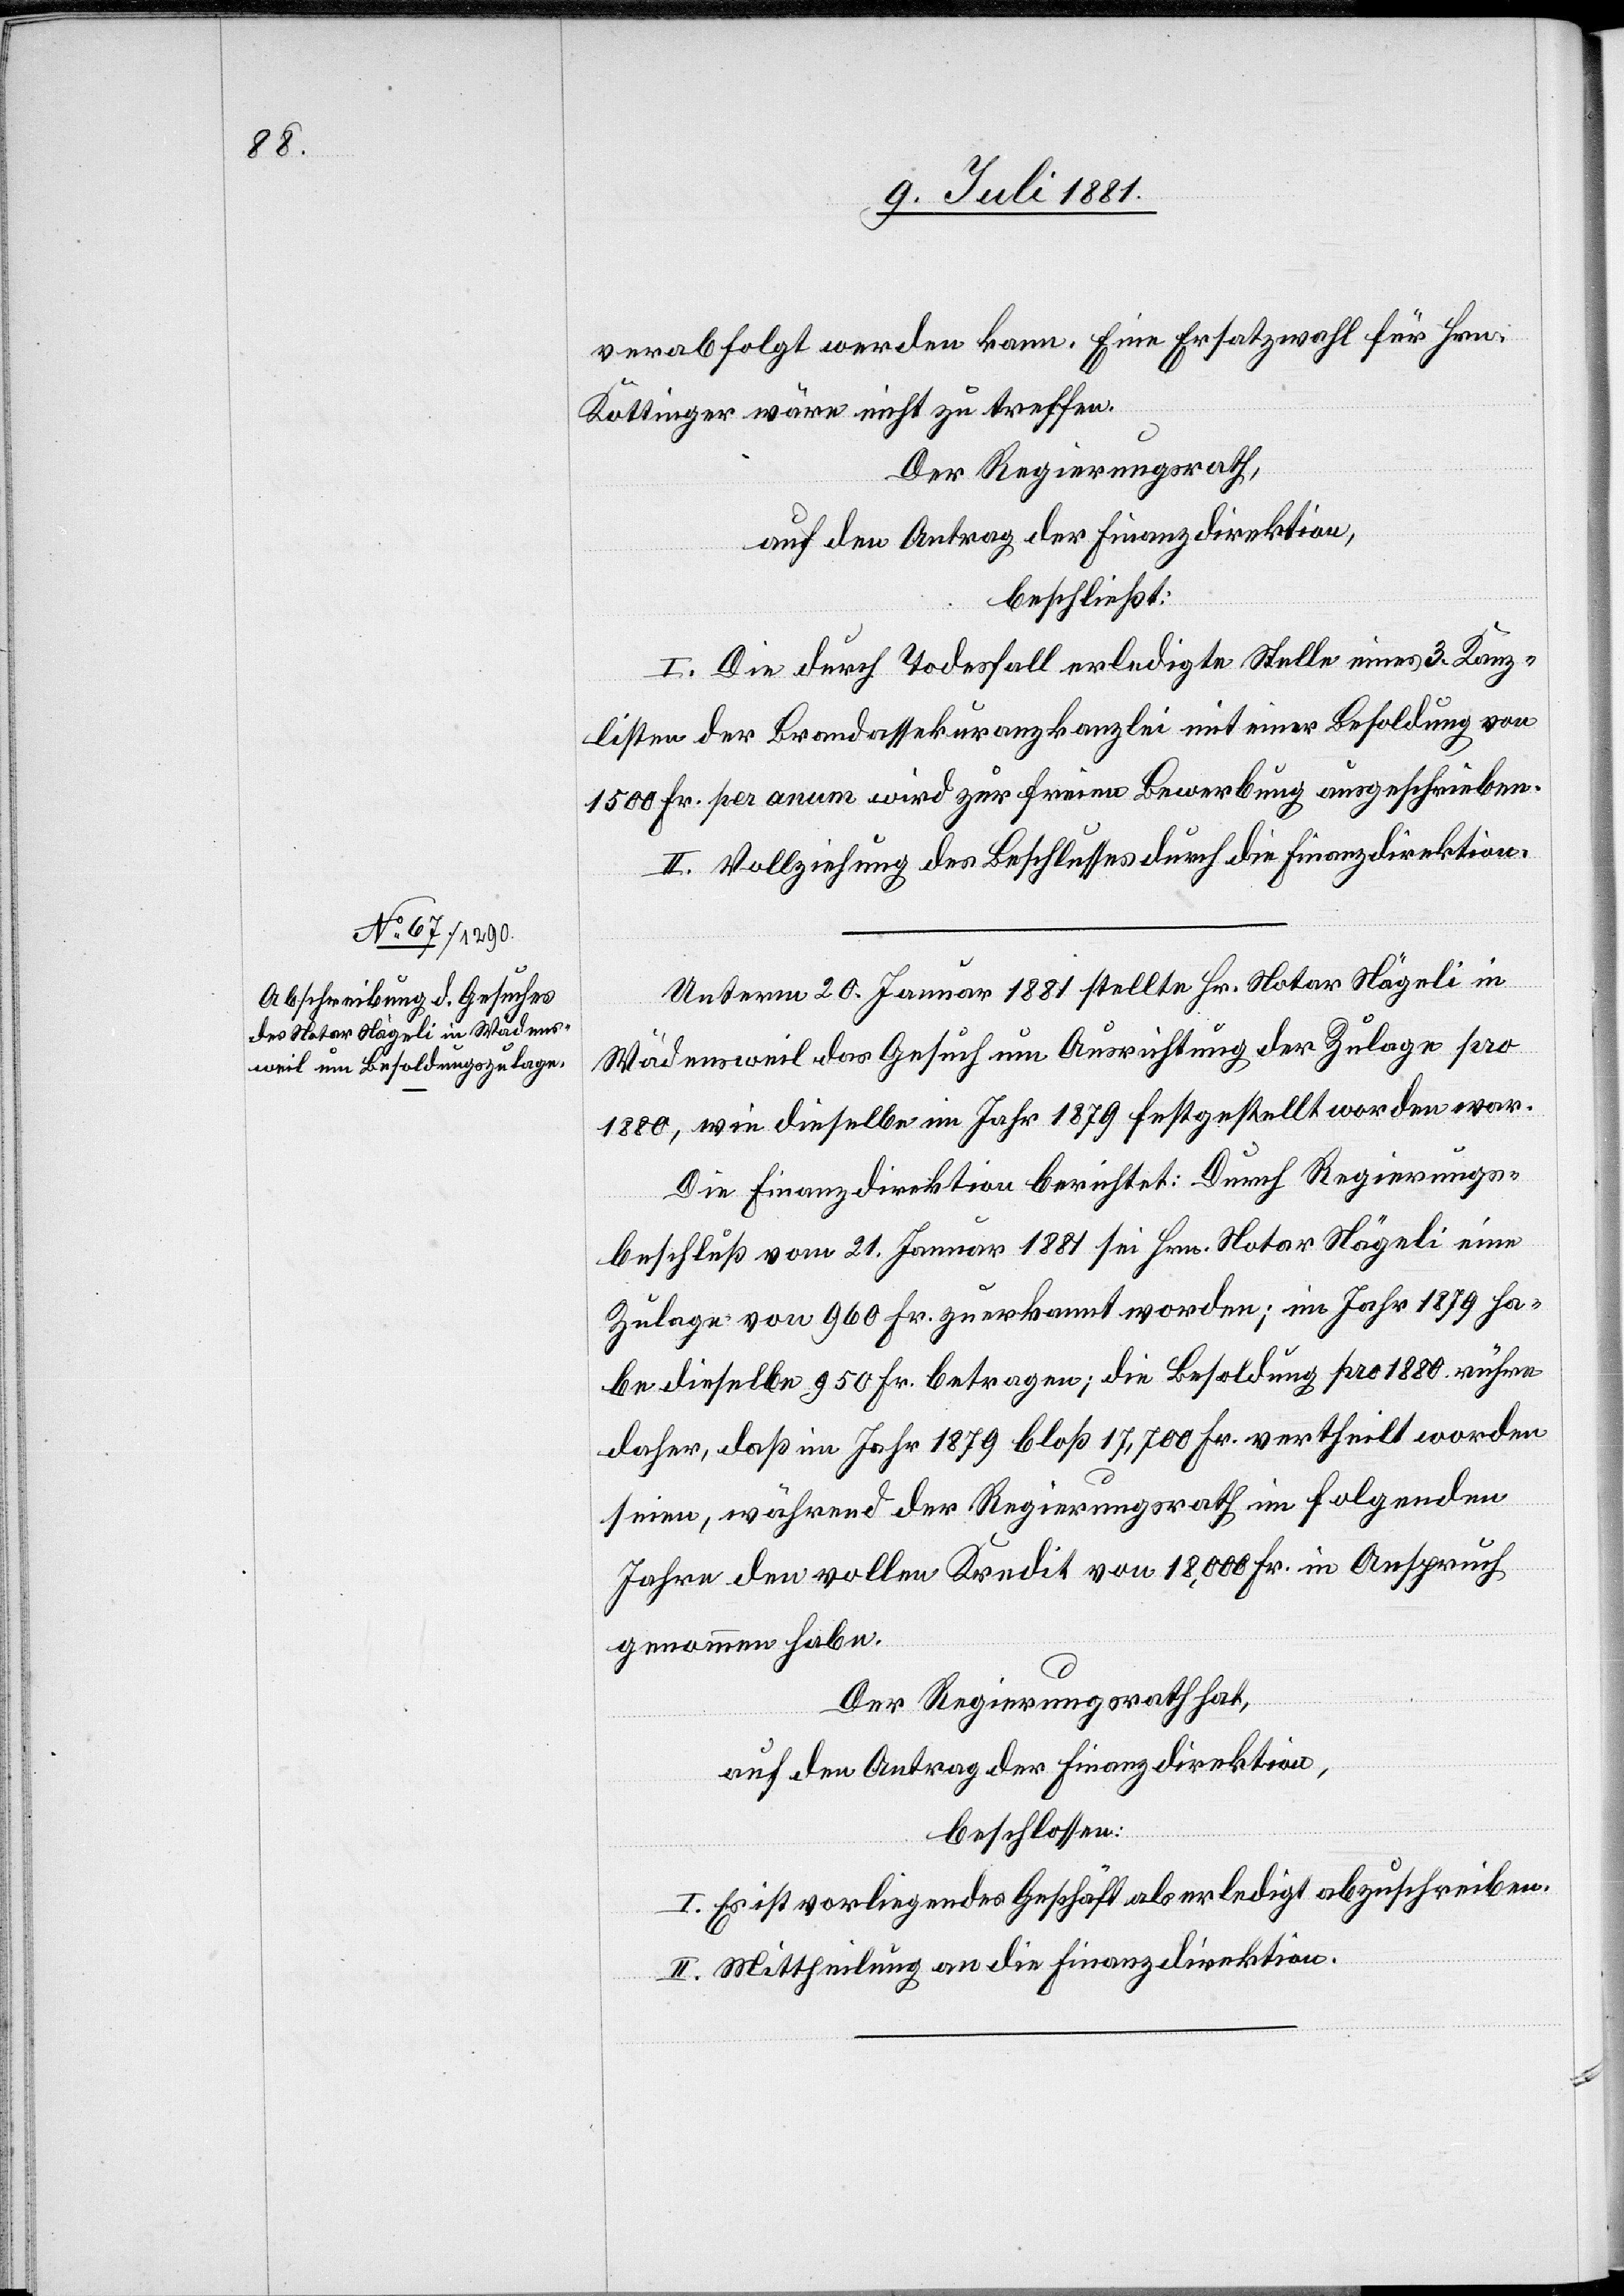
verabfolgt werden kann. Eine Ersatzwahl für Hrn.
Kottinger wäre nicht zu treffen.
Der Regierungsrath,
auf den Antrag der Finanzdirektion,
beschließt:
I. Die durch Todesfall erledigte Stelle eines 3. Kanz¬
listen der Brandassekuranzkanzlei mit einer Besoldung von
1500 Fr. per anum [sic!] wird zur freien Bewerbung ausgeschrieben.
II. Vollziehung des Beschlusses durch die Finanzdirektion.
Unterm 20. Januar 1881 stellte Hr. Notar Hägeli in
Wädensweil das Gesuch um Ausrichtung der Zulage pro
1880, wie dieselbe im Jahr 1879 festgestellt worden war.
Die Finanzdirektion berichtet: Durch Regierungs¬
beschluß vom 21. Januar 1881 sei Hrn. Notar Hägeli eine
Zulage von 960 Fr. zuerkannt worden; im Jahr 1879 ha¬
be dieselbe 950 Fr. betragen; die Besoldung pro 1880 rühre
daher, daß im Jahr 1879 bloß 17,700 Fr. vertheilt worden
seien, während der Regierungsrath im folgenden
Jahr den vollen Kredit von 18,000 Fr. in Anspruch
genommen habe.
Der Regierungsrath hat,
auf den Antrag der Finanzdirektion,
beschlossen:
I. Es ist vorliegendes Geschäft als erledigt abzuschreiben.
II. Mittheilung an die Finanzdirektion.